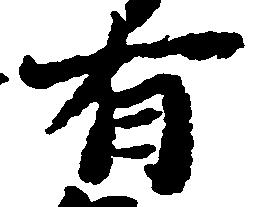
有